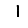
Digit: 1